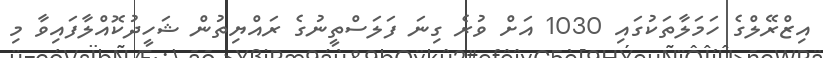
އިޒްރޭލްގެ ހަމަލާތަކުގައި 1030 އަށް ވުރެ ގިނަ ފަލަސްތީނުގެ ރައްޔިތުން ޝަހީދުކޮއްލާފައިވާ މި